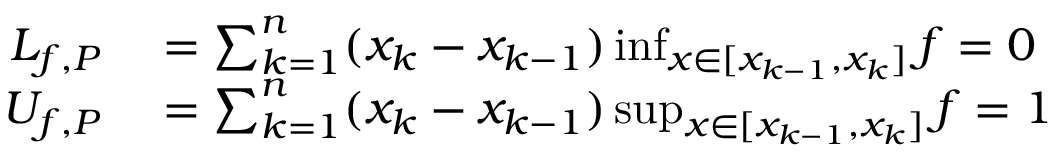
\begin{array} { r l } { L _ { f , P } } & { { } = \sum _ { k = 1 } ^ { n } ( x _ { k } - x _ { k - 1 } ) \operatorname* { i n f } _ { x \in [ x _ { k - 1 } , x _ { k } ] } f = 0 } \\ { U _ { f , P } } & { { } = \sum _ { k = 1 } ^ { n } ( x _ { k } - x _ { k - 1 } ) \operatorname* { s u p } _ { x \in [ x _ { k - 1 } , x _ { k } ] } f = 1 } \end{array}